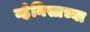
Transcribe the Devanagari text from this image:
व्हेनिसाच्या